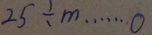
2 5 \div m \cdots 0